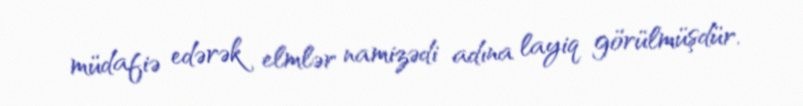
müdafiə edərək elmlər namizədi adına layiq görülmüşdür.